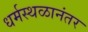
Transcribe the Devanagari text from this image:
धर्मस्थळानंतर